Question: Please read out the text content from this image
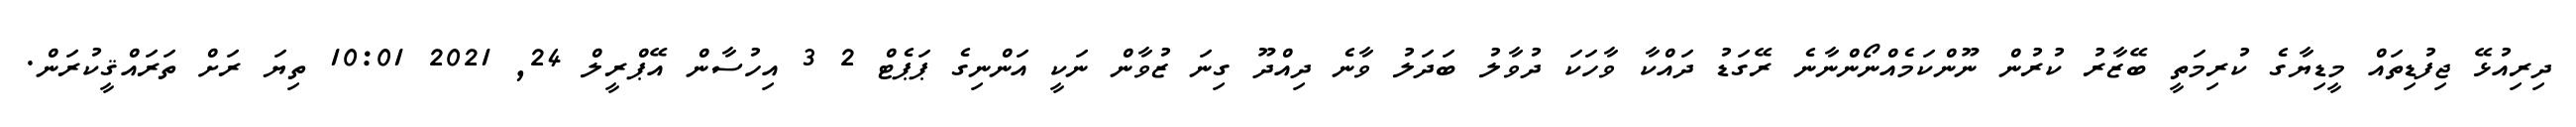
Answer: ދިރިއުޅޭ ޖިފުޑިތައް މީޑިޔާގެ ކުރިމަތީ ބޭޒާރު ކުރުން ނޫންކަމެއްނޯންނާނެ ރޭގަޑު ދައްކާ ވާހަކަ ދުވާލު ބަދަލު ވާނެ ދިއްދޫ ގިނަ ޒުވާން ނަކީ އަންނިގެ ޕަޕެޓް 2 3 އިހުސާން އޭޕްރީލް 24, 2021 10:01 ތިޔަ ރަށް ތަރައްޤީކުރަން.